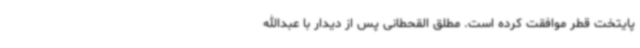
پایتخت قطر موافقت کرده است. مطلق القحطانی پس از دیدار با عبدالله